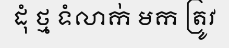
ដុំ ថ្ម ទំលាក់ មក ត្រូវ